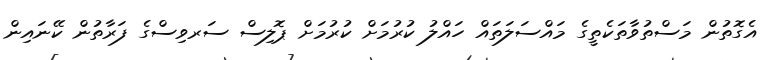
އެގޮތުން މަސްތުވާތަކެތީގެ މައްސަލަތައް ހައްލު ކުރުމަށް ކުރުމަށް ޕޮލިސް ސަރވިސްގެ ފަރާތުން ކޭނައިން